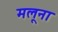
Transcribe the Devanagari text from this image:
मलूना